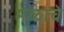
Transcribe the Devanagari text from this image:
मळाचे